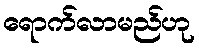
ရောက်လာမည်ဟု